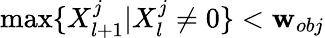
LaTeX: \operatorname*{max}\{ X_{l+1}^{j}|X_{l}^{j}\neq0\} <\mathbf{w}_{obj}